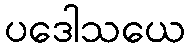
ပဒေါသယေ